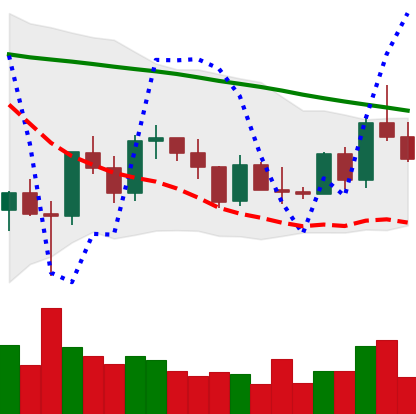
Ticker: XRP-USD
Chart end date: 2022-03-13
Forward return: 4.849%
Label: up_3_5